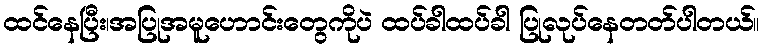
ထင်နေပြီး၊အပြုအမူဟောင်းတွေကိုပဲ ထပ်ခါထပ်ခါ ပြုလုပ်နေတတ်ပါတယ်။